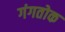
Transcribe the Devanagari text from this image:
गंगतोक